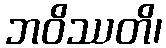
ဘဝိဿတိ၊